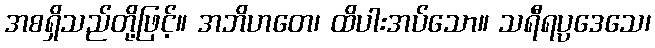
အစရှိသည်တို့ဖြင့်။ အဘိဟတေ၊ ထိပါးအပ်သော။ သရီရပ္ပဒေသေ၊